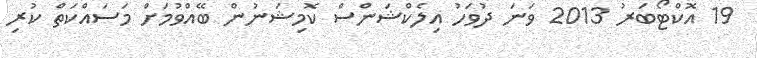
19 އޮކްޓޯބަރު 2013 ވަނަ ދުވަހު އިލެކްޝަންސް ކޮމިޝަނުން ބޭއްވުމަށް މަސައްކަތް ކުރި